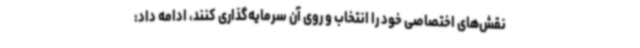
نقش‌های اختصاصی خود را انتخاب و روی آن سرمایه‌گذاری کنند، ادامه داد: